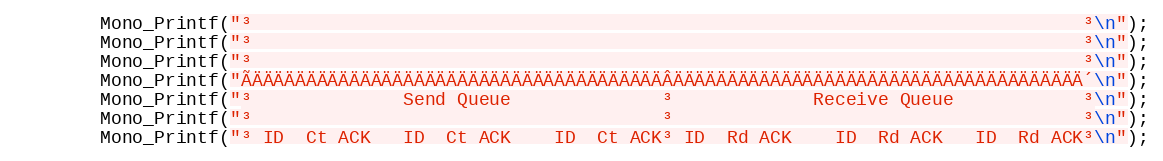
Language: C++
		Mono_Printf("³                                                                             ³\n");
		Mono_Printf("³                                                                             ³\n");
		Mono_Printf("³                                                                             ³\n");
		Mono_Printf("ÃÄÄÄÄÄÄÄÄÄÄÄÄÄÄÄÄÄÄÄÄÄÄÄÄÄÄÄÄÄÄÄÄÄÄÄÄÄÄÂÄÄÄÄÄÄÄÄÄÄÄÄÄÄÄÄÄÄÄÄÄÄÄÄÄÄÄÄÄÄÄÄÄÄÄÄÄÄ´\n");
		Mono_Printf("³              Send Queue              ³             Receive Queue            ³\n");
		Mono_Printf("³                                      ³                                      ³\n");
		Mono_Printf("³ ID  Ct ACK   ID  Ct ACK    ID  Ct ACK³ ID  Rd ACK    ID  Rd ACK   ID  Rd ACK³\n");